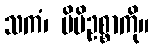
သကံ၊ မိမိဥစ္စာကို။